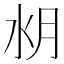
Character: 𣍤